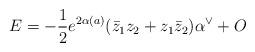
LaTeX: \begin{align*}E = -\frac{1}{2}e^{2\alpha(a)}(\bar{z}_1z_2+z_1\bar{z}_2)\alpha^{\vee} +O\end{align*}